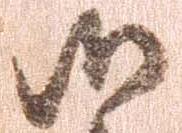
候